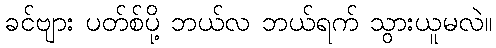
ခင်ဗျား ပတ်စ်ပို့ ဘယ်လ ဘယ်ရက် သွားယူမလဲ။